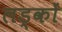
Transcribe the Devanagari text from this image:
लड्कों